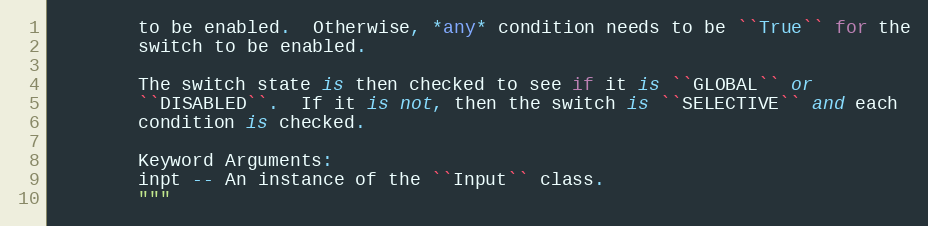
Language: Python
        to be enabled.  Otherwise, *any* condition needs to be ``True`` for the
        switch to be enabled.

        The switch state is then checked to see if it is ``GLOBAL`` or
        ``DISABLED``.  If it is not, then the switch is ``SELECTIVE`` and each
        condition is checked.

        Keyword Arguments:
        inpt -- An instance of the ``Input`` class.
        """